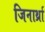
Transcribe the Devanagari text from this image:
जिनार्थ्रा